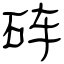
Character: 砗